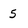
Character: 5